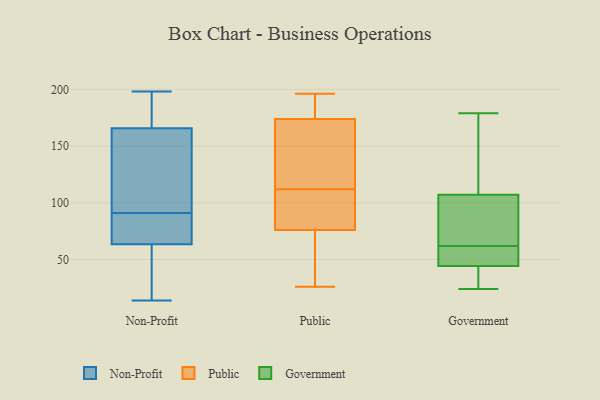
{"axis": {"x": "Headcount", "y": "Value"}, "legend": ["Government", "Non-Profit", "Public"], "data": [{"x": "", "y": 62, "type": "Non-Profit"}, {"x": "", "y": 61, "type": "Non-Profit"}, {"x": "", "y": 39, "type": "Non-Profit"}, {"x": "", "y": 198, "type": "Non-Profit"}, {"x": "", "y": 116, "type": "Non-Profit"}, {"x": "", "y": 98, "type": "Non-Profit"}, {"x": "", "y": 68, "type": "Non-Profit"}, {"x": "", "y": 136, "type": "Non-Profit"}, {"x": "", "y": 183, "type": "Non-Profit"}, {"x": "", "y": 91, "type": "Non-Profit"}, {"x": "", "y": 195, "type": "Non-Profit"}, {"x": "", "y": 14, "type": "Non-Profit"}, {"x": "", "y": 54, "type": "Non-Profit"}, {"x": "", "y": 90, "type": "Non-Profit"}, {"x": "", "y": 183, "type": "Non-Profit"}, {"x": "", "y": 162, "type": "Non-Profit"}, {"x": "", "y": 167, "type": "Non-Profit"}, {"x": "", "y": 90, "type": "Non-Profit"}, {"x": "", "y": 91, "type": "Non-Profit"}, {"x": "", "y": 26, "type": "Public"}, {"x": "", "y": 72, "type": "Public"}, {"x": "", "y": 111, "type": "Public"}, {"x": "", "y": 175, "type": "Public"}, {"x": "", "y": 178, "type": "Public"}, {"x": "", "y": 170, "type": "Public"}, {"x": "", "y": 88, "type": "Public"}, {"x": "", "y": 196, "type": "Public"}, {"x": "", "y": 47, "type": "Public"}, {"x": "", "y": 167, "type": "Public"}, {"x": "", "y": 112, "type": "Public"}, {"x": "", "y": 24, "type": "Government"}, {"x": "", "y": 104, "type": "Government"}, {"x": "", "y": 51, "type": "Government"}, {"x": "", "y": 42, "type": "Government"}, {"x": "", "y": 64, "type": "Government"}, {"x": "", "y": 59, "type": "Government"}, {"x": "", "y": 34, "type": "Government"}, {"x": "", "y": 167, "type": "Government"}, {"x": "", "y": 60, "type": "Government"}, {"x": "", "y": 62, "type": "Government"}, {"x": "", "y": 33, "type": "Government"}, {"x": "", "y": 96, "type": "Government"}, {"x": "", "y": 108, "type": "Government"}, {"x": "", "y": 173, "type": "Government"}, {"x": "", "y": 179, "type": "Government"}]}